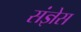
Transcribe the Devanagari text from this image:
संज्ञेस